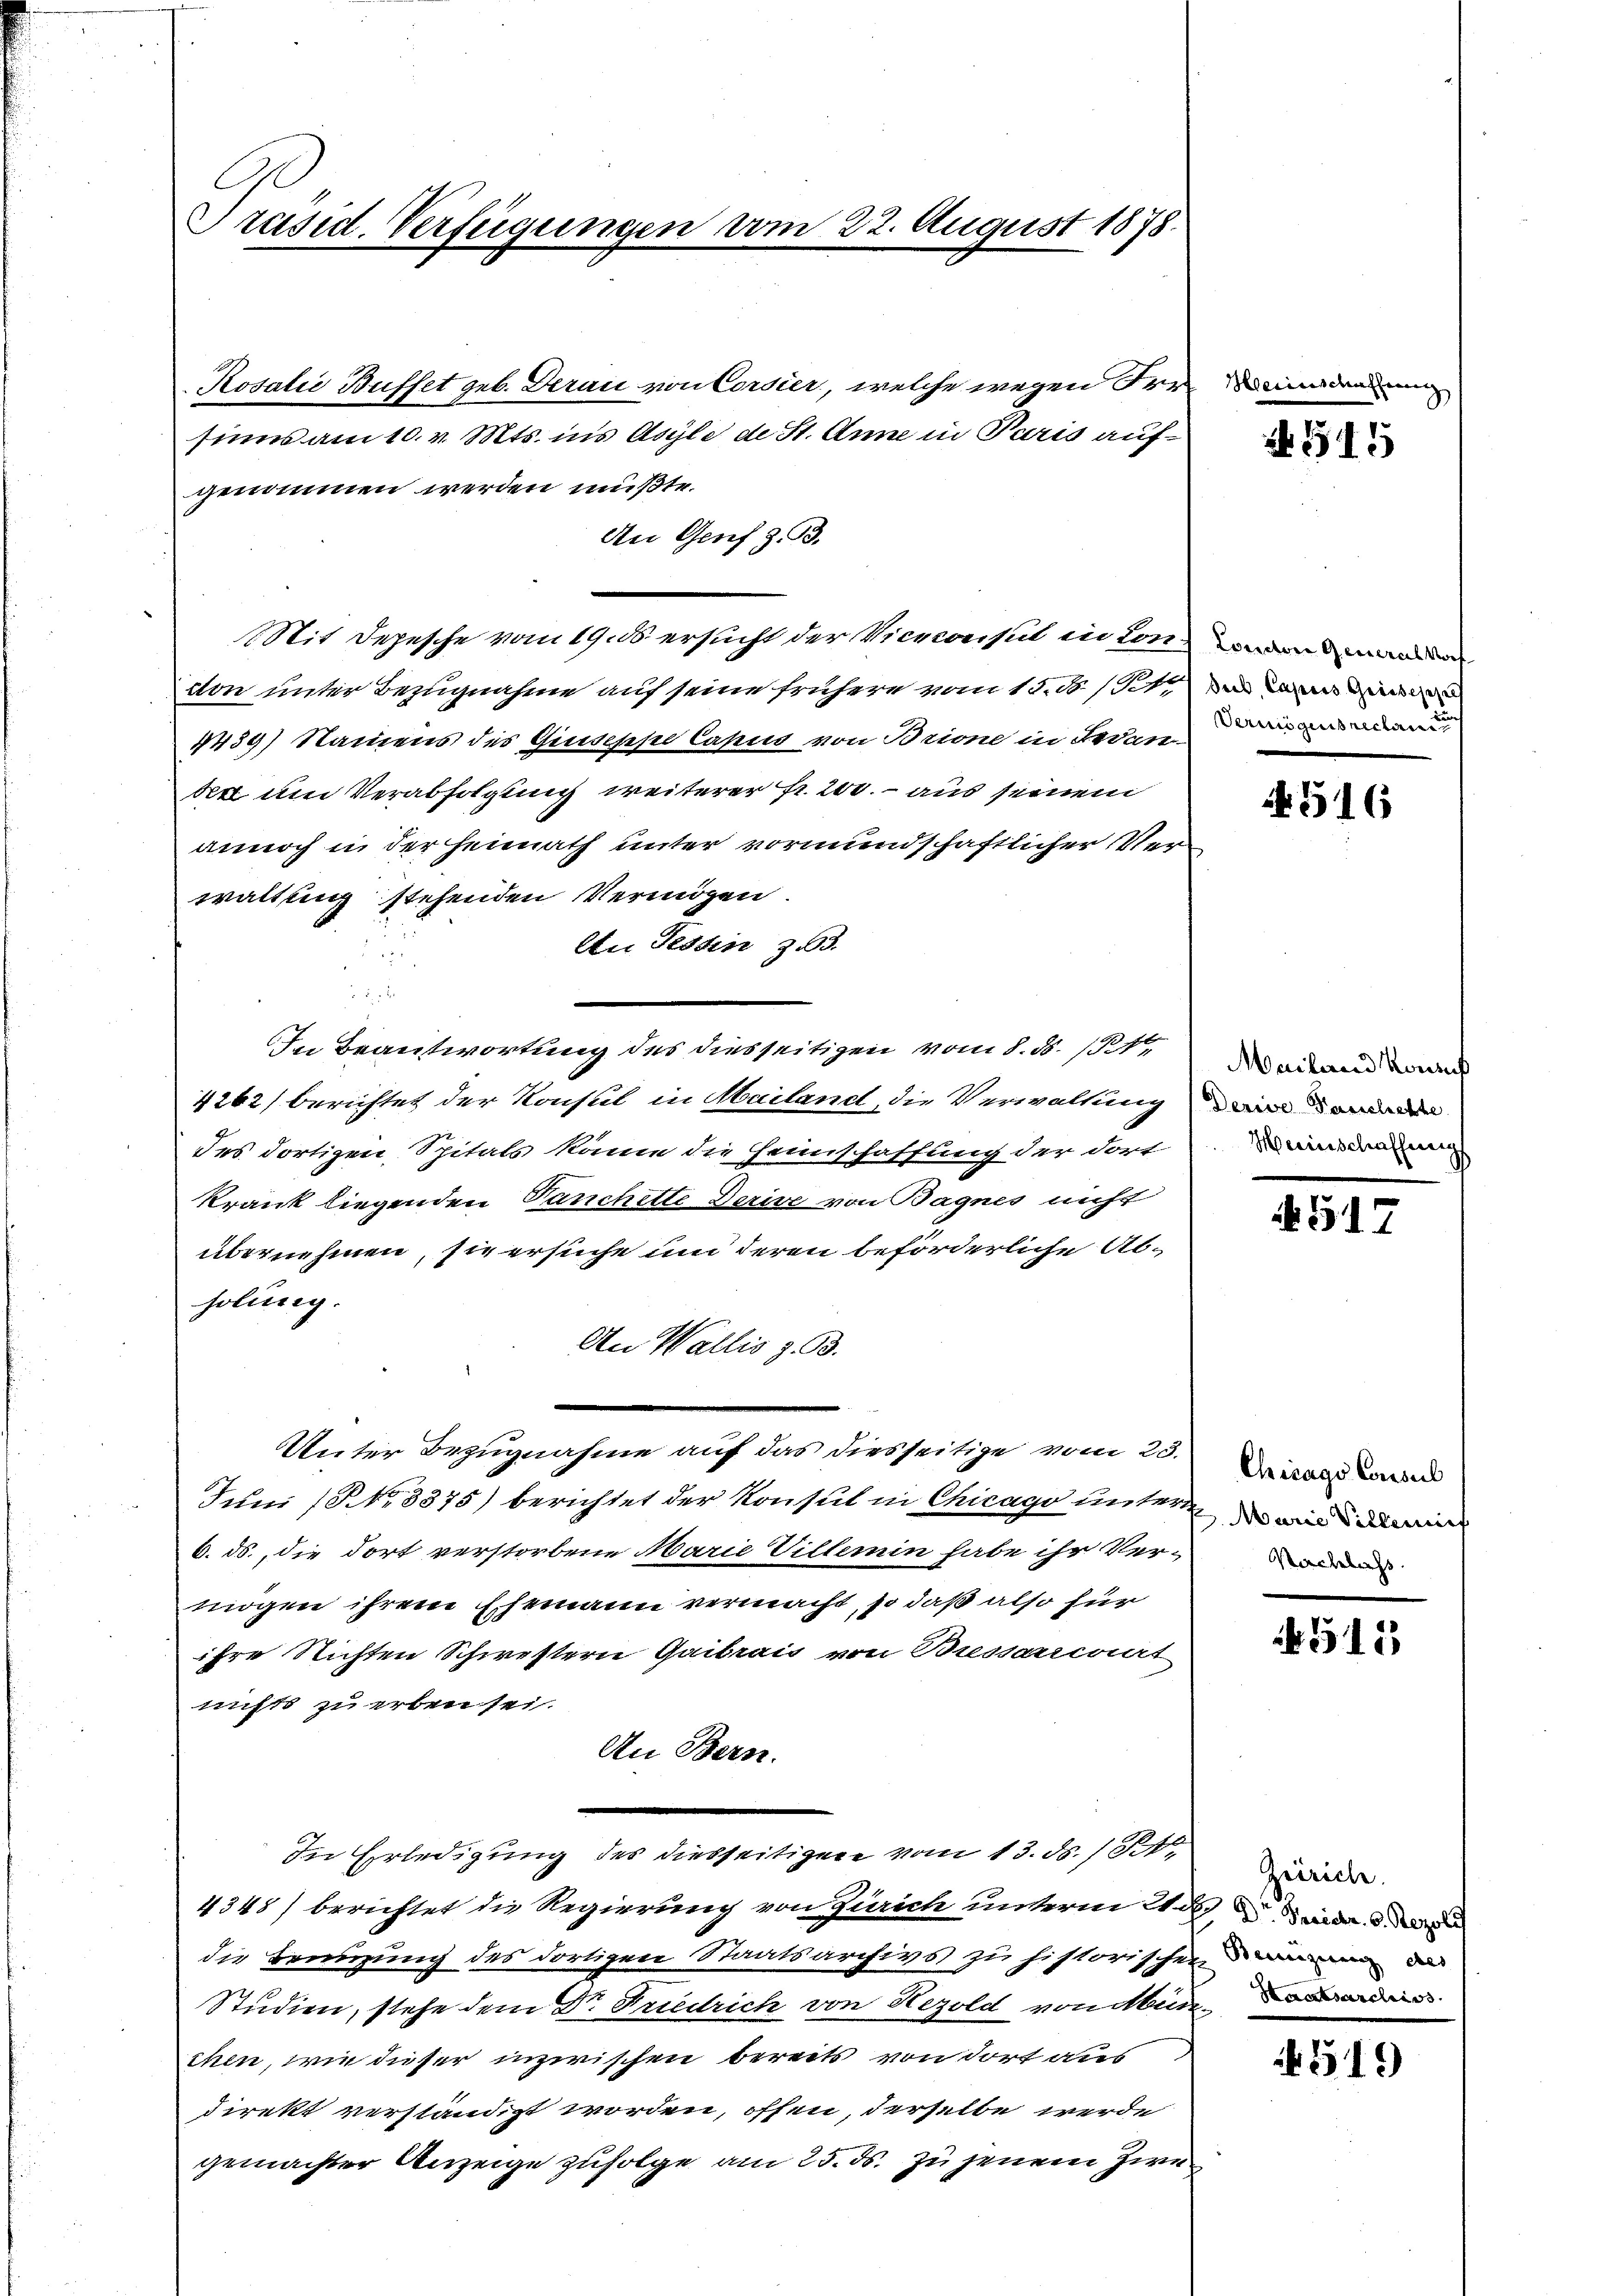
Präsid. Verfügungen vom 22. August 1878.

Rosalić Buffet geb. Derau von Corsier, welche wegen Irrsinns am 10. v. Mts. ins Asyle de St. Anne in Paris aufgenommen werden müßte.
An Genf z. B.
it Depesche vom 19. ds. ersucht der Viceconst in Condirend den
tton unter Bezugnahme auf seine frühere vom 15. B. /14.
4439) Namens des Giuseppe Casus von Brione in Lederinnen
bett um Verabfolgung weiterer Fr. 200. – aus seinem
annoch in der Heimath unter vormundschaftlicher Verwaltung stehenden Vermögen.
An Tessin zu 3.
2
2f 0 x
In Beantwortung des diesseitigen vom 8. ds. 14
4262) berichtet der Konsul in Mailand, die Verwaltung in der
des dortigen Spitals köne die Heimschaffung der dort
krank liegenden Vanchette Derive von Bagnes mehr
übernehmen, sie ersuche und deren beförderliche Abholung.
An Wallis z. B.
Unter Bezugnahme auf das diesseitige vom 23.
Juni (NNo. 8375) berichtet der Konsul in Chicago unter das wir die
6. ds., die dort verstorbene Marie Villennin habe ihr Vermögen ihrem Ehemann vermacht, so daß also für
ihre Richten Schwestern Gaibrais von Bressarrcart
nichts zu erben sei.
An Bern.
In Erledigung des diesseitigen vom 13. ds. 181. Wider
4345) berichtet die Regierung von Zürich unterm Was mir da
die Brenzung des dortigen Staatsarchivs zu historischen an d
Studien, stehe dem Dr. Friedrich von Hezold von Münde
chen, wie dieser inzwischen bereits von dort aus
direkt verständigt worden, offen, derselbe werde
gemachter Anzeige zufolge am 25. ds. zu jenem Zie¬

Hes

N 515

N 516

Mailand Konsul
Merinschaffung

51

Chicago Consul
Nachlass

511

519)